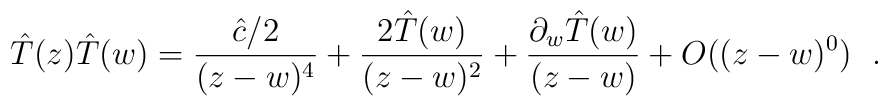
\hat{T}(z)\hat{T}(w)=\frac{\hat{c}/2}{(z-w)^4}+\frac{2\hat{T}(w)}{(z-w)^2}+\frac{\partial_w\hat{T}(w)}{(z-w)}+O((z-w)^0) \hspace{.1in}.